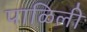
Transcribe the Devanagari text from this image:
पाळिली